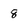
Character: 8